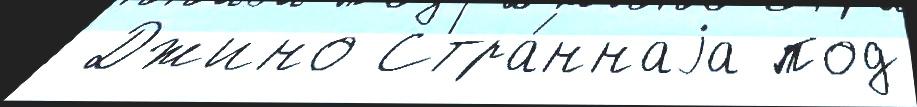
 Джино Стра́ннаjа под